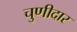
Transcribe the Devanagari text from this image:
चुणीदार